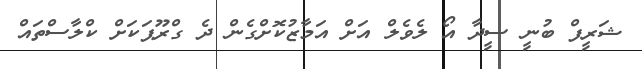
ޝަރީފް ބުނީ ސީދާ އޯ ލެވެލް އަށް އަމާޒުކޮށްގެން ދެ ގްރޫޕަކަށް ކްލާސްތައް